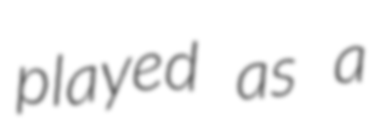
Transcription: played as a